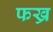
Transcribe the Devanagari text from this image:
फख्र